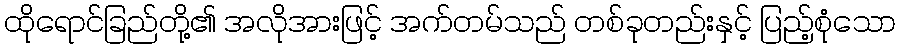
ထိုရောင်ခြည်တို့၏ အလိုအားဖြင့် အက်တမ်သည် တစ်ခုတည်းနှင့် ပြည့်စုံသော